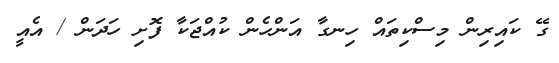
ގޭ ކައިރިން މިސްކިތައް ހިނގާ އަންހެން ކުއްޖަކާ ފޮށި ހަދަން / އެއީ